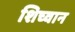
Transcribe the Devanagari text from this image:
शिच्वान